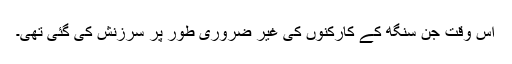
اس وقت جن سنگھ کے کارکنوں کی غیر ضروری طور پر سرزنش کی گئی تھی۔